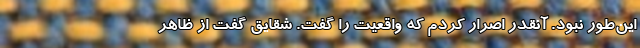
این‌طور نبود. آنقدر اصرار کردم که واقعیت را گفت. شقایق گفت از ظاهر